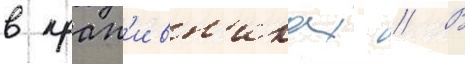
в крап'ивн'иках // В